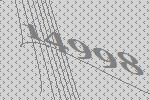
14998